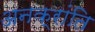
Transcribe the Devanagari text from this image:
अनक्रांति